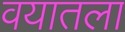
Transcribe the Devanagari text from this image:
वयातला